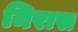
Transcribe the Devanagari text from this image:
मिरास